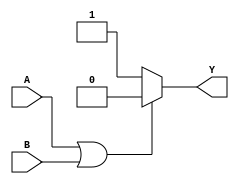
module nor_gate (output reg Y,input A,input B);
always @(A or B) begin
	if (A==1 | B==1)
		Y=0;
	else 
		Y=1;
	
end 
endmodule